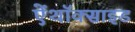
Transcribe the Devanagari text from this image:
ऐंथॉक्साइड